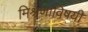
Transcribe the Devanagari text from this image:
मिश्रणाविषयी